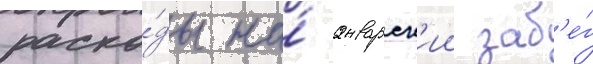
расхо́ды на́ январск'ии заб'е́г